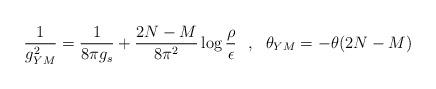
LaTeX: \begin{align*}\frac{1}{g_{YM}^{2}} = \frac{1}{8 \pi g_s} + \frac{2N-M}{8 \pi^2} \log\frac{\rho}{\epsilon}~~,~~\theta_{YM} =- \theta (2N-M)\end{align*}